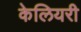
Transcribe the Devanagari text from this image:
केलियरी